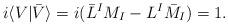
LaTeX: \begin{align*}i\langle V|\bar{V}\rangle =i(\bar{L}^{I}M_{I}-L^{I}\bar{M}_{I})=1.\end{align*}